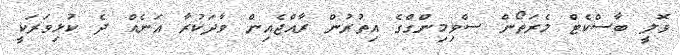
ވޮލީ ބާސްކެޓް މެރަތޯން ސްވިމިންގްގެ އިތުރުން ރާއްޖެއިން ވާދަކުރާ އަނެއް ދެ ކުޅިވަރަކީ